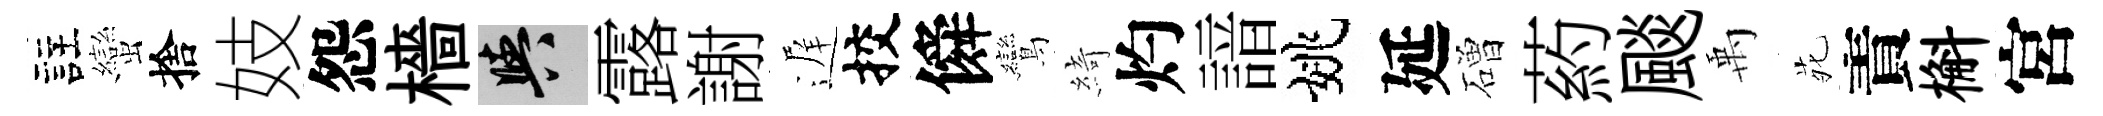
註蠻捨妓怨檣阳露謝遅挍僢鸞綺灼諳姚延磳葯颷禹𫟍責槲宮